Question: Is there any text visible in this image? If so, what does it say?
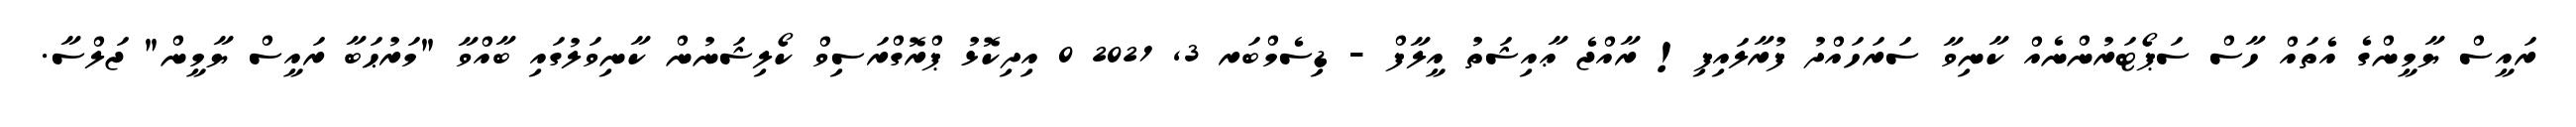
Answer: ރައީސް ޔާމީންގެ އެތައް ހާސް ސަޕޯޓަރުންނެއް ކާނިވާ ސަރަހައްދު ފުރާލައިފި! ރާއްޖެ ޢާއިޝަތު އީލާފް - ޑިސެމްބަރ 3, 2021 0 އިދިކޮޅު ޕްރޮގްރަސިވް ކޯލިޝަނުން ކާނިވަލުގައި ބާއްވާ "މަރުޙަބާ ރައީސް ޔާމީން" ޖަލްސާ.